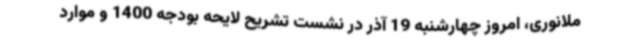
ملانوری، امروز چهارشنبه 19 آذر در نشست تشریح لایحه بودجه 1400 و موارد